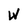
Character: w